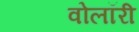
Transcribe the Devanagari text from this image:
वोलॉरी